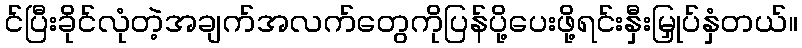
င်ပြီးခိုင်လုံတဲ့အချက်အလက်တွေကိုပြန်ပို့ပေးဖို့ရင်းနှီးမြှုပ်နှံတယ်။